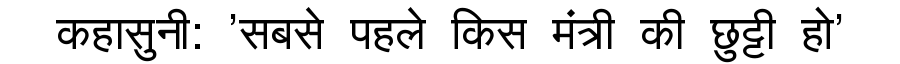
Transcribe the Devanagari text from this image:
कहासुनी: 'सबसे पहले किस मंत्री की छुट्टी हो'